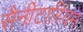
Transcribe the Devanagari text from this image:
सैनीटारियम